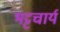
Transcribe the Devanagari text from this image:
भट्टचार्य